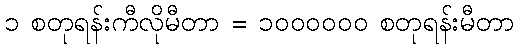
၁ စတုရန်းကီလိုမီတာ = ၁၀၀၀၀၀၀ စတုရန်းမီတာ